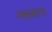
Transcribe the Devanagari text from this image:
असुनसुध्दा